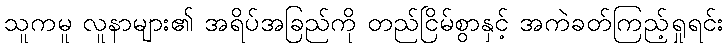
သူကမူ လူနာများ၏ အရိပ်အခြည်ကို တည်ငြိမ်စွာနှင့် အကဲခတ်ကြည့်ရှုရင်း